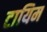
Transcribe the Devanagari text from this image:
टायिम